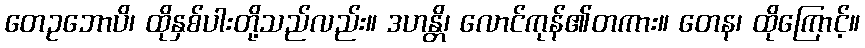
တေဥဘောပိ၊ ထိုနှစ်ပါးတို့သည်လည်း။ ဒဟန္တိ၊ လောင်ကုန်၏တကား။ တေန၊ ထိုကြောင့်။